Report of the Indian Hemp Drugs Commission, 1894-1895 - Volume VI
Year: 1894
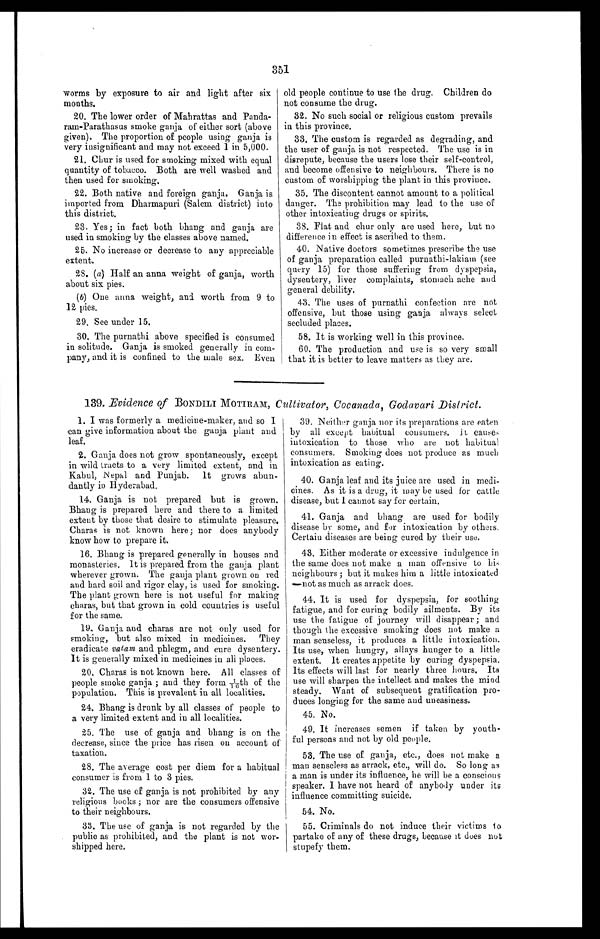
351
worms by exposure to air and light after six
months.
20. The lower order of Mahrattas and Panda-
– r a m - P a r a t h a s u s s m o k e g a n j a o f e i t h e r s o r t ( a b o v e
given). The proportion of people using ganja is
very insignificant and may not exceed 1 in 5,000.
21. Chur is used for smoking mixed with equal
quantity of tobacco. Both are well washed and
then used for smoking.
22. Both native and foreign ganja. Ganja is
imported from Dharmapuri (Salem district) into
this district.
23. Yes; in fact both bhang and ganja are
used in smoking by the classes above named.
25. No increase or decrease to any appreciable
extent.
28. (a) Half an anna weight of ganja, worth
about six pies.
(b) One anna weight, and worth from 9 to
12 pies.
29. See under 15.
30. The purnathi above specified is consumed
in solitude. Ganja is smoked generally in com-
pany, and it is confined to the wale sex. Even
old people continue to use the drug. Children do
not consume the drug.
32. No such social or religious custom prevails
in this province.
33. The custom is regarded as degrading, and
the user of ganja is not respected. The use is in
disrepute, because the users lose their self-control,
and become offensive to neighbours. There is no
custom of worshipping the plant in this province.
35. The discontent cannot amount to a political
danger. The prohibition may lead to the use of
other intoxicating drugs or spirits.
38. Flat and chur only are used here, but no
difference in effect is ascribed to them.
40. Native doctors sometimes prescribe the use
of ganja preparation called purnathi-lakiam (see
query 15) for those suffering from dyspepsia,
dysentery, liver complaints, stomach ache and
general debility.
43. The uses of purnathi confection are not
offensive, but those using ganja always select
secluded places.
58. It is working well in this province.
60. The production and use is so very small
that it is better to leave matters as they are.
139. Evidence of BONDILI MOTIRAM, Cultivator, Cocanada, Godavari District.
1. I was formerly a medicine-maker, and so I
can give information about the ganja plant and
leaf.
2. Ganja does not grow spontaneously, except
in wild tracts to a very limited extent, and in
Kabul, Nepal and Punjab. It grows abun
– d a n t l y i n H y d e r a b a d .
14. Ganja is not prepared but is grown.
Bhang is prepared here and there to a limited
extent by those that desire to stimulate pleasure.
Charas is not known here; nor does anybody
know how to prepare it.
16. Bhang is prepared generally in houses and
monasteries. It is prepared from the ganja plant
wherever grown. The ganja plant grown on red
and hard soil and rigor clay, is used for smoking.
The plant grown here is not useful for making
charas, but that grown in cold countries is useful
for the same.
1 9 . G a n j a a n d c h a r a s a r e n o t o n l y u s e d f o r
smoking, but also mixed in medicines. They
eradicate vatam and phlegm, and cure dysentery.
It is generally mixed in medicines in all places.
20. Charas is not known here. All classes of
people smoke ganja ; and they form 1/16th of the
population. This is prevalent in all localities.
24. Bhang is drunk by all classes of people to
a very limited extent and in all localities.
25. The use of ganja and bhang is on the
decrease, since the price has risen on account of
taxation.
28. The average cost per diem for a habitual
consumer is from 1 to 3 pies.
32. The use of ganja is not prohibited by any
religious books ; nor are the consumers offensive
to their neighbours.
33. The use of ganja is not regarded by the
public as prohibited, and the plant is not wor-
shipped here.
39. Neither ganja nor its preparations are eaten
by all except habitual consumers . It causes
intoxication to those who are not habitual
consumers. Smoking does not produce as much
intoxication as eating.
40. Ganja leaf and its juice are used in medi-
cines. As it is a drug, it may be used for cattle
disease, but I cannot say for certain.
41. Ganja and bhang are used for bodily
disease by some, and for intoxication by others.
Certain diseases are being cured by their use.
43. Either moderate or excessive indulgence in
the same does not make a man offensive to his
neighbours ; but it makes him a little intoxicated
—not as much as arrack does.
44. It is used for dyspepsia, for soothing
fatigue, and for curing bodily ailments. By its
use the fatigue of journey will disappear ; and
though the excessive smoking does not make a
man senseless, it produces a little intoxication.
Its use, when hungry, allays hunger to a little
extent, Its creates appetite by curing dyspepsia.
Its effects will last for nearly three hours. Its
use will sharpen the intellect and makes the mind
steady. Want of subsequent gratification pro-
duces longing for the same and uneasiness.
45. No.
49. It increases semen if taken by youth-
ful persons and not by old - people.
53, The use of ganja, etc., does not make a
man senseless as arrack, etc., will do. So long as
a man is under its influence, he will be a conscious
speaker. I have not heard of anybody under its
influence committing suicide.
54. No.
55. Criminals do not induce their victims to
partake of any of these drugs, because it does not
stupefy them.